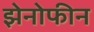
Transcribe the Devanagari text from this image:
झेनोफीन